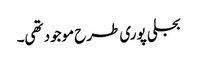
بجلی پوری طرح موجود تھی۔